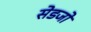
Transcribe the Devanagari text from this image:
सेडजो